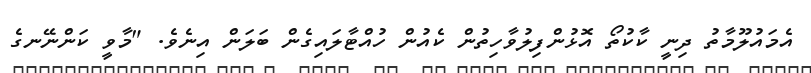
އެމައުލޫމާތު ދިނީ ކާކުތޯ އޮޅުންފިލުވާހިތުން ކެއުން ހުއްޓާލައިގެން ބަލަން އިނެވެ. "މާވީ ކަންނޭނގެ